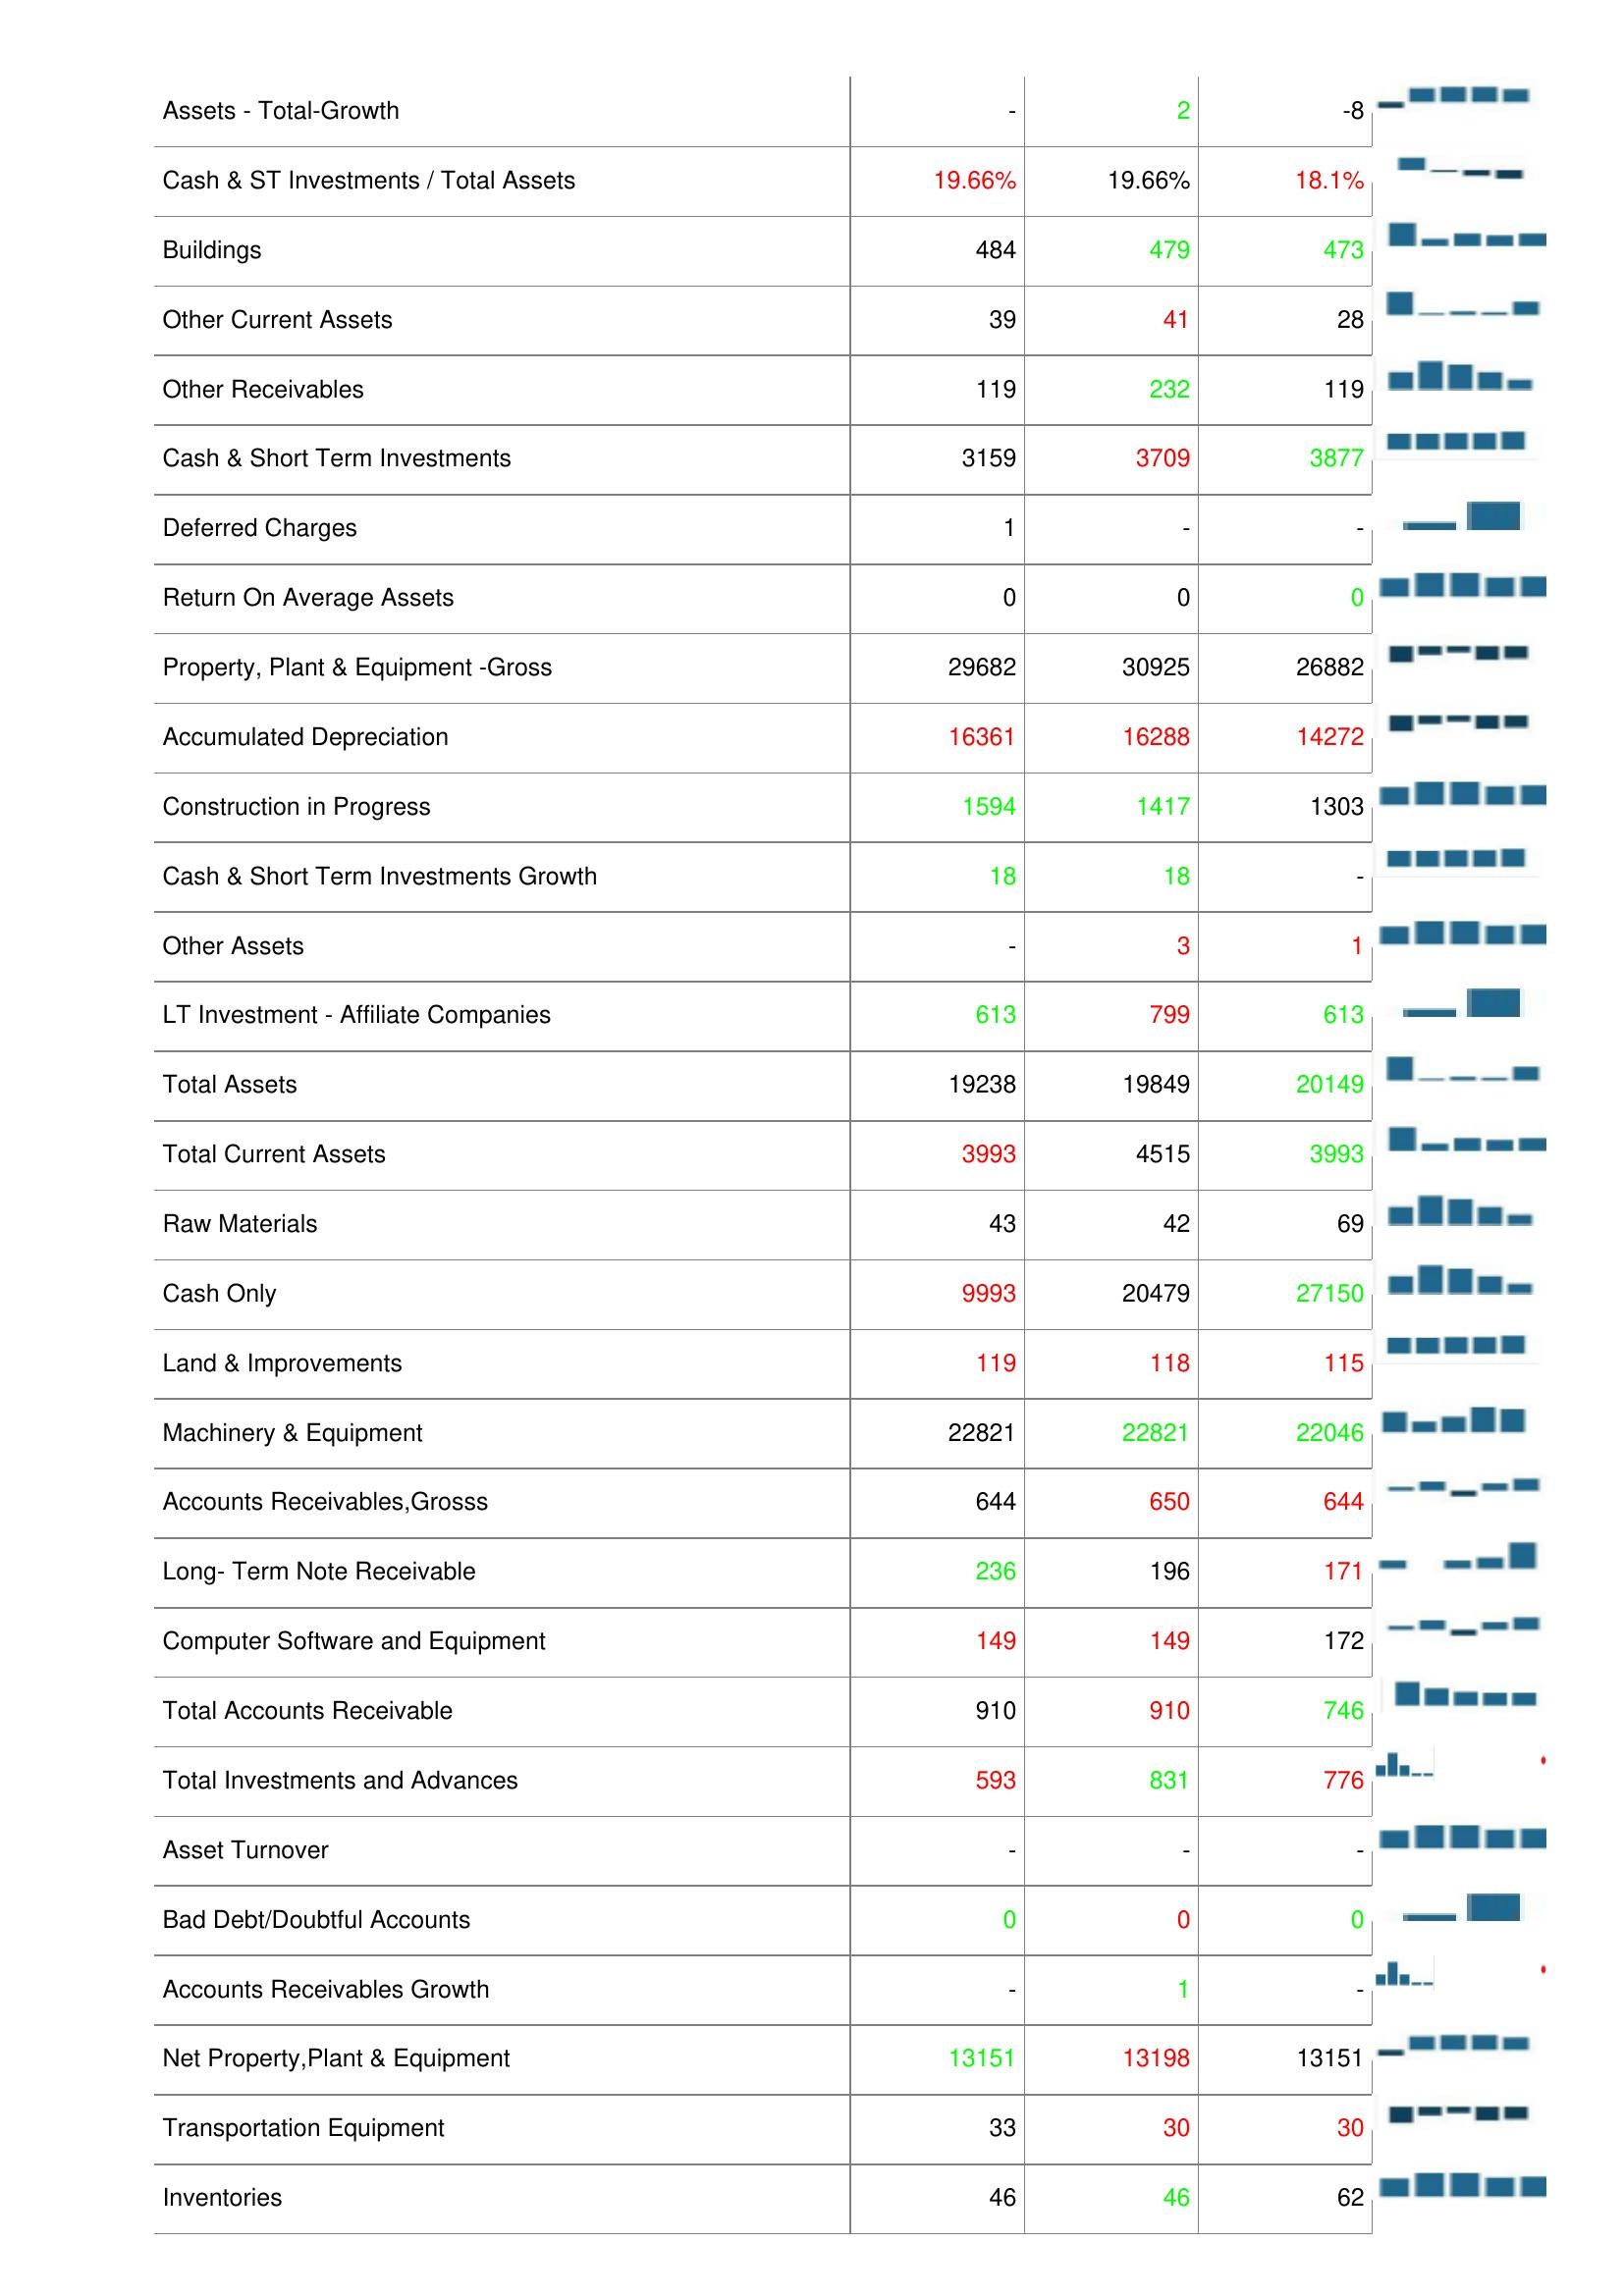
2008: Assets: Accounts Receivables, Net: 823
Prepaid Expenses: 38
Other Properyt, Plant & Equipment: 2506
Accounts Receivable Turnover: 6.42
Finished Goods: 3
Leases: 1951
Assets - Total-Growth: -
Cash & ST Investments / Total Assets: 19.66%
Buildings: 484
Other Current Assets: 39
Other Receivables: 119
Cash & Short Term Investments: 3159
Deferred Charges: 1
Return On Average Assets: 0
Property, Plant & Equipment -Gross: 29682
Accumulated Depreciation: 16361
Construction in Progress: 1594
Cash & Short Term Investments Growth: 18
Other Assets: -
LT Investment - Affiliate Companies: 613
Total Assets: 19238
Total Current Assets: 3993
Raw Materials: 43
Cash Only: 9993
Land & Improvements: 119
Machinery & Equipment: 22821
Accounts Receivables,Grosss: 644
Long- Term Note Receivable: 236
Computer Software and Equipment: 149
Total Accounts Receivable: 910
Total Investments and Advances: 593
Asset Turnover: -
Bad Debt/Doubtful Accounts: 0
Accounts Receivables Growth: -
Net Property,Plant & Equipment: 13151
Transportation Equipment: 33
Inventories: 46
2009: Assets: Accounts Receivables, Net: 642
Prepaid Expenses: 38
Other Properyt, Plant & Equipment: 2365
Accounts Receivable Turnover: 5.85
Finished Goods: 3
Leases: 1998
Assets - Total-Growth: 2
Cash & ST Investments / Total Assets: 19.66%
Buildings: 479
Other Current Assets: 41
Other Receivables: 232
Cash & Short Term Investments: 3709
Deferred Charges: -
Return On Average Assets: 0
Property, Plant & Equipment -Gross: 30925
Accumulated Depreciation: 16288
Construction in Progress: 1417
Cash & Short Term Investments Growth: 18
Other Assets: 3
LT Investment - Affiliate Companies: 799
Total Assets: 19849
Total Current Assets: 4515
Raw Materials: 42
Cash Only: 20479
Land & Improvements: 118
Machinery & Equipment: 22821
Accounts Receivables,Grosss: 650
Long- Term Note Receivable: 196
Computer Software and Equipment: 149
Total Accounts Receivable: 910
Total Investments and Advances: 831
Asset Turnover: -
Bad Debt/Doubtful Accounts: 0
Accounts Receivables Growth: 1
Net Property,Plant & Equipment: 13198
Transportation Equipment: 30
Inventories: 46
2010: Assets: Accounts Receivables, Net: 753
Prepaid Expenses: 33
Other Properyt, Plant & Equipment: 2814
Accounts Receivable Turnover: 6.42
Finished Goods: 4
Leases: 1951
Assets - Total-Growth: -8
Cash & ST Investments / Total Assets: 18.1%
Buildings: 473
Other Current Assets: 28
Other Receivables: 119
Cash & Short Term Investments: 3877
Deferred Charges: -
Return On Average Assets: 0
Property, Plant & Equipment -Gross: 26882
Accumulated Depreciation: 14272
Construction in Progress: 1303
Cash & Short Term Investments Growth: -
Other Assets: 1
LT Investment - Affiliate Companies: 613
Total Assets: 20149
Total Current Assets: 3993
Raw Materials: 69
Cash Only: 27150
Land & Improvements: 115
Machinery & Equipment: 22046
Accounts Receivables,Grosss: 644
Long- Term Note Receivable: 171
Computer Software and Equipment: 172
Total Accounts Receivable: 746
Total Investments and Advances: 776
Asset Turnover: -
Bad Debt/Doubtful Accounts: 0
Accounts Receivables Growth: -
Net Property,Plant & Equipment: 13151
Transportation Equipment: 30
Inventories: 62